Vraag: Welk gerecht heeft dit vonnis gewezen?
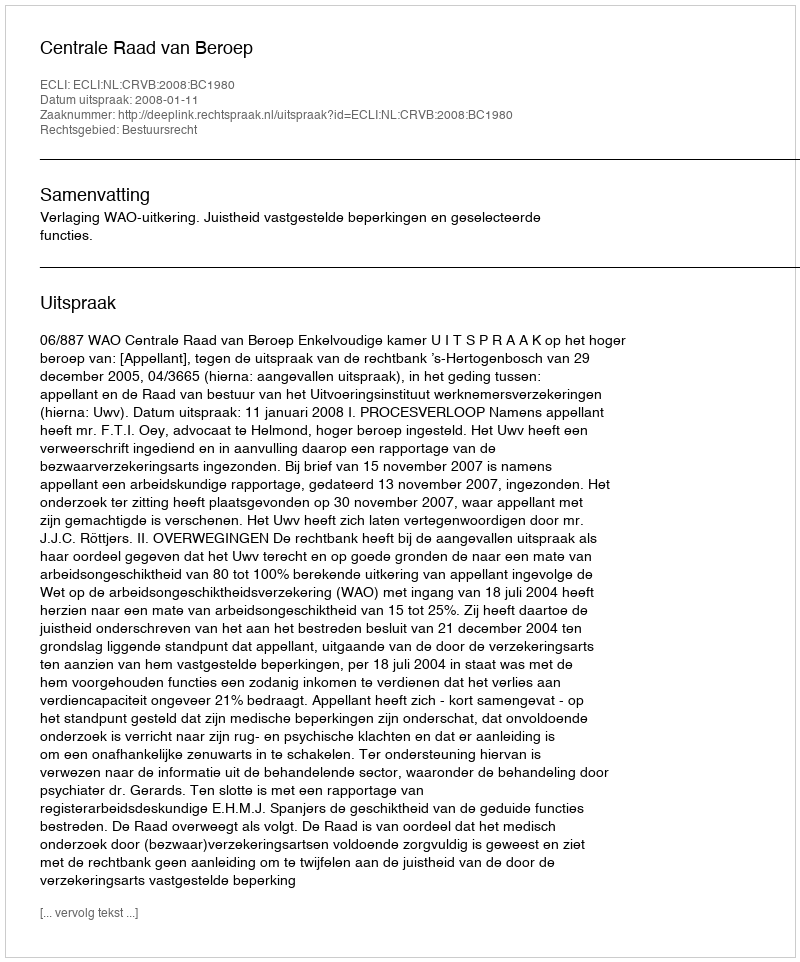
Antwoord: Centrale Raad van Beroep